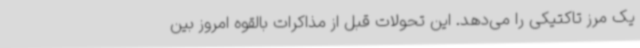
یک مرز تاکتیکی را می‌دهد. این تحولات قبل از مذاکرات بالقوه امروز بین